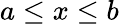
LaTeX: a\leq x\leq b